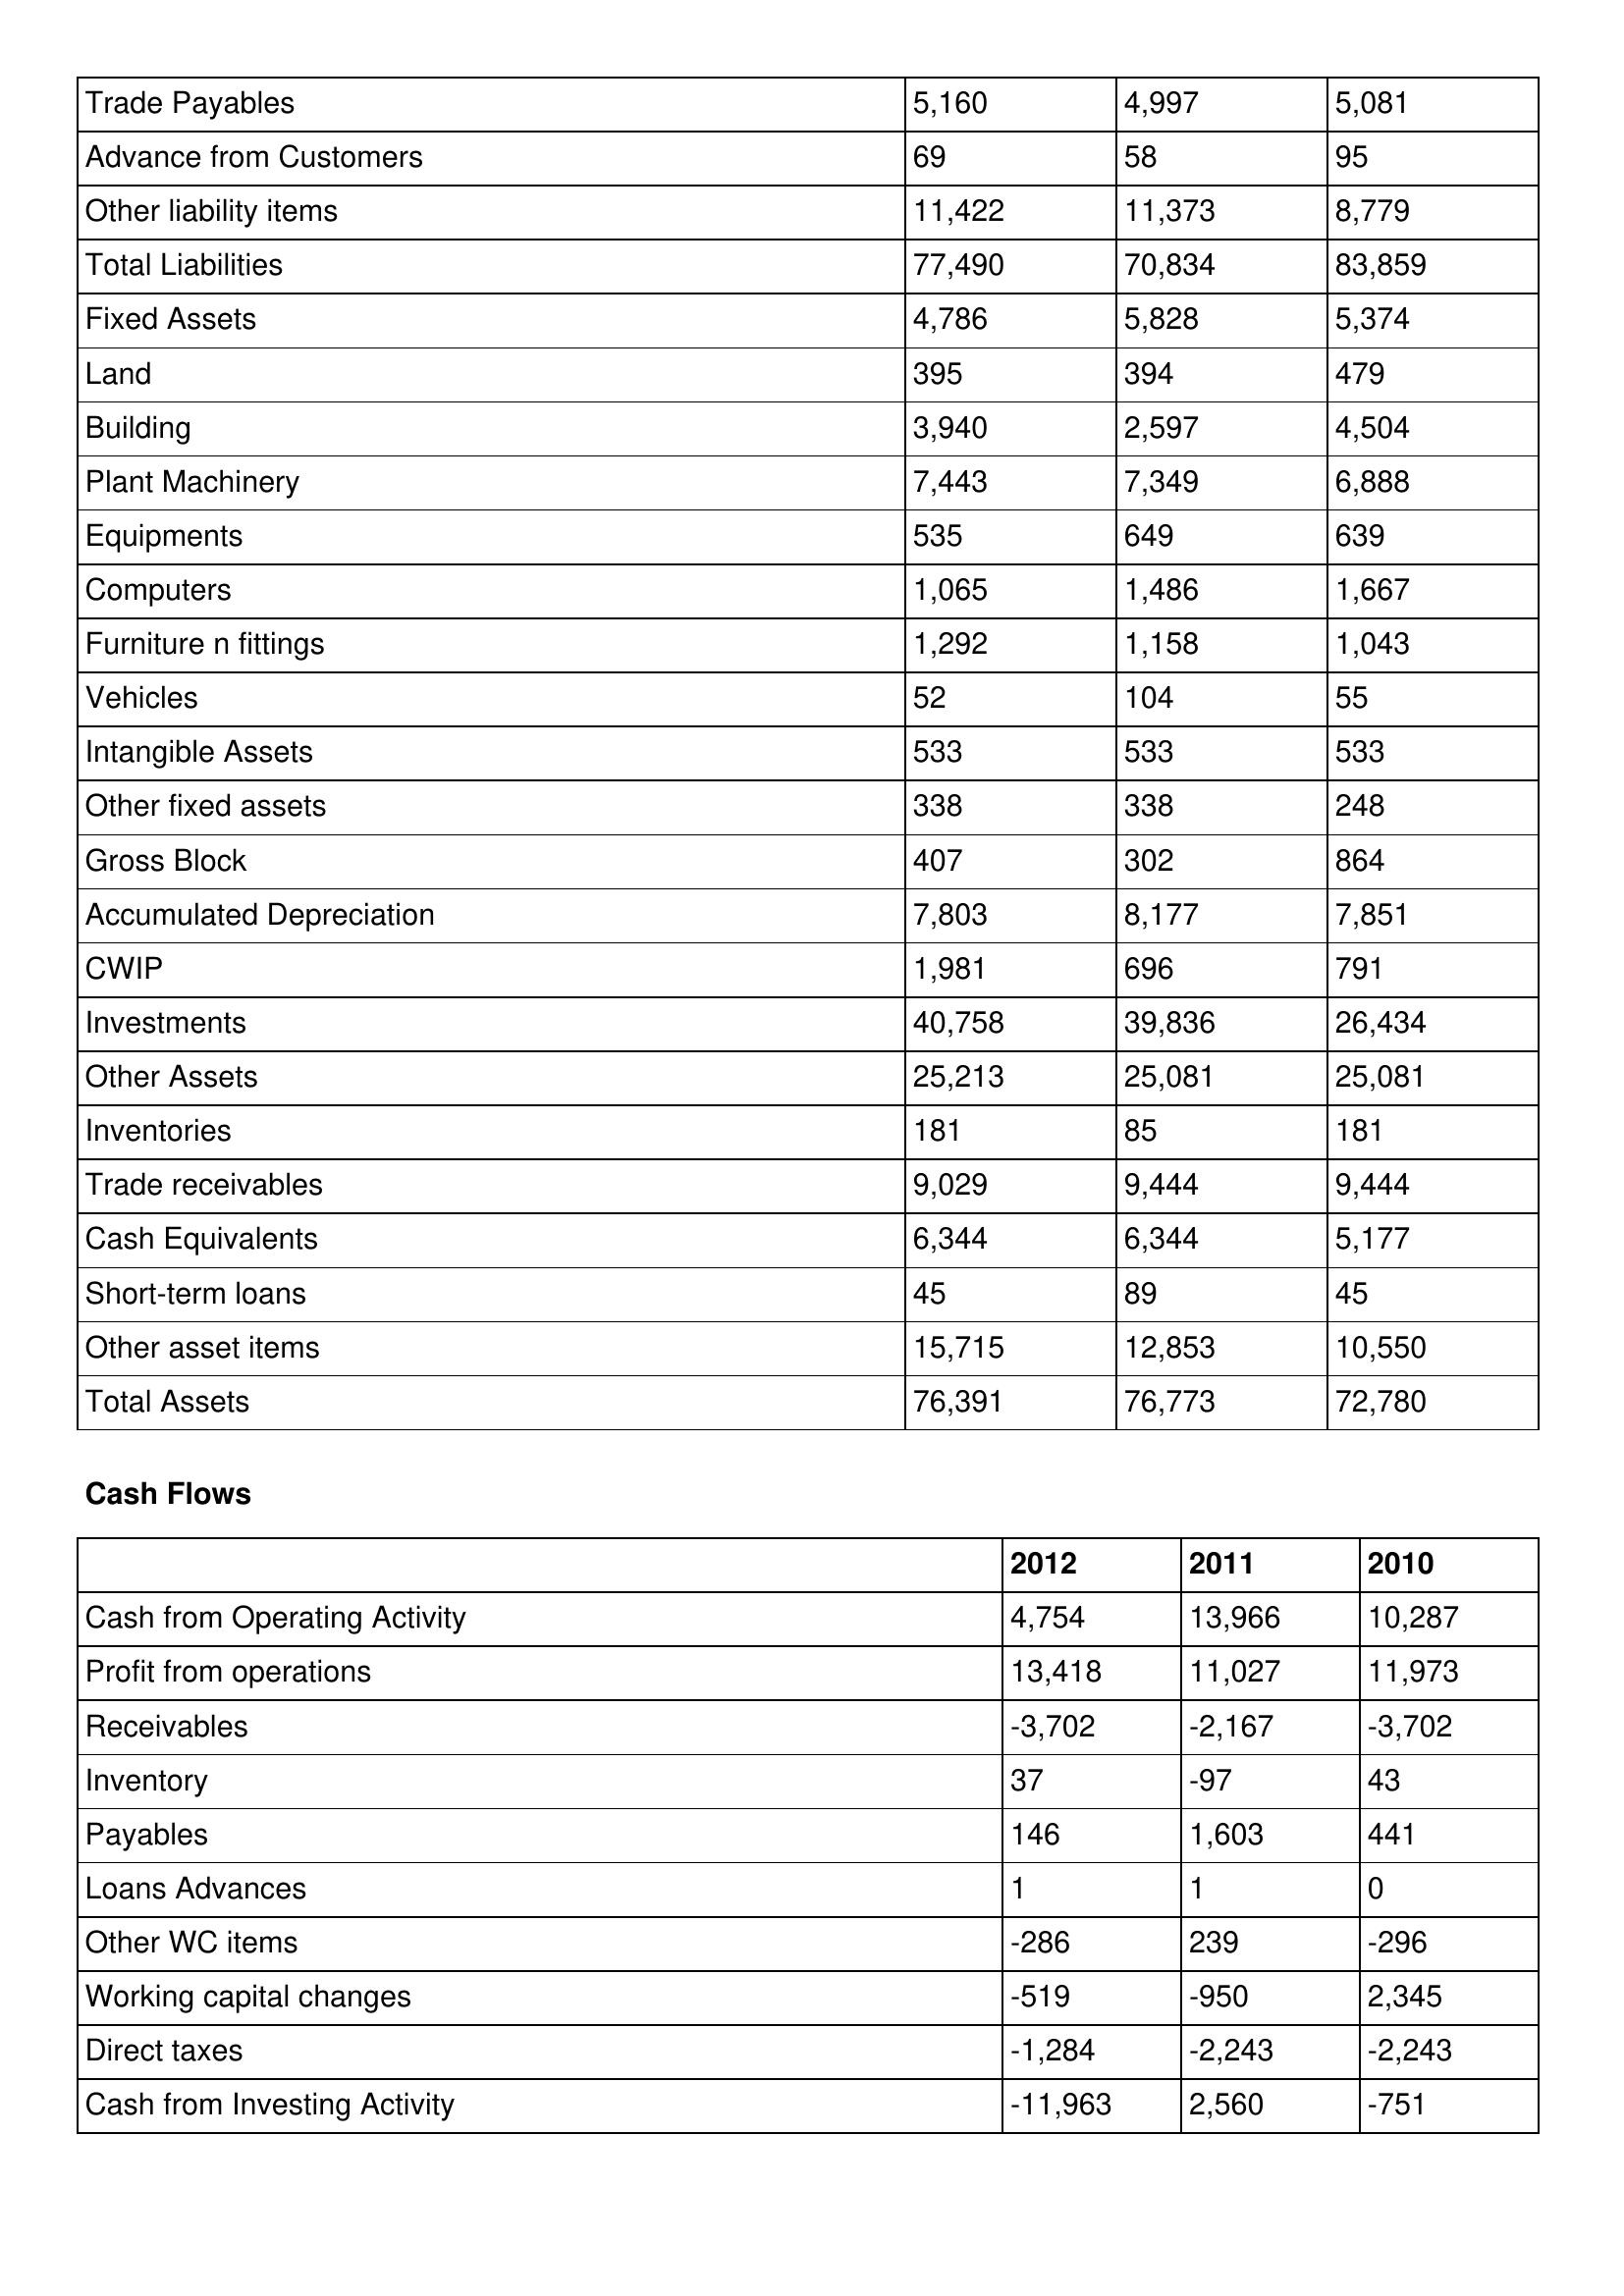
gt_parse: 2012: Balance Sheet: Trade Payables: 5,160
Advance from Customers: 69
Other liability items: 11,422
Total Liabilities: 77,490
Fixed Assets: 4,786
Land: 395
Building: 3,940
Plant Machinery: 7,443
Equipments: 535
Computers: 1,065
Furniture n fittings: 1,292
Vehicles: 52
Intangible Assets: 533
Other fixed assets: 338
Gross Block: 407
Accumulated Depreciation: 7,803
CWIP: 1,981
Investments: 40,758
Other Assets: 25,213
Inventories: 181
Trade receivables: 9,029
Cash Equivalents: 6,344
Short-term loans: 45
Other asset items: 15,715
Total Assets: 76,391
Cash Flows: Cash from Operating Activity: 4,754
Profit from operations: 13,418
Receivables: -3,702
Inventory: 37
Payables: 146
Loans Advances: 1
Other WC items: -286
Working capital changes: -519
Direct taxes: -1,284
Cash from Investing Activity: -11,963
2011: Balance Sheet: Trade Payables: 4,997
Advance from Customers: 58
Other liability items: 11,373
Total Liabilities: 70,834
Fixed Assets: 5,828
Land: 394
Building: 2,597
Plant Machinery: 7,349
Equipments: 649
Computers: 1,486
Furniture n fittings: 1,158
Vehicles: 104
Intangible Assets: 533
Other fixed assets: 338
Gross Block: 302
Accumulated Depreciation: 8,177
CWIP: 696
Investments: 39,836
Other Assets: 25,081
Inventories: 85
Trade receivables: 9,444
Cash Equivalents: 6,344
Short-term loans: 89
Other asset items: 12,853
Total Assets: 76,773
Cash Flows: Cash from Operating Activity: 13,966
Profit from operations: 11,027
Receivables: -2,167
Inventory: -97
Payables: 1,603
Loans Advances: 1
Other WC items: 239
Working capital changes: -950
Direct taxes: -2,243
Cash from Investing Activity: 2,560
2010: Balance Sheet: Trade Payables: 5,081
Advance from Customers: 95
Other liability items: 8,779
Total Liabilities: 83,859
Fixed Assets: 5,374
Land: 479
Building: 4,504
Plant Machinery: 6,888
Equipments: 639
Computers: 1,667
Furniture n fittings: 1,043
Vehicles: 55
Intangible Assets: 533
Other fixed assets: 248
Gross Block: 864
Accumulated Depreciation: 7,851
CWIP: 791
Investments: 26,434
Other Assets: 25,081
Inventories: 181
Trade receivables: 9,444
Cash Equivalents: 5,177
Short-term loans: 45
Other asset items: 10,550
Total Assets: 72,780
Cash Flows: Cash from Operating Activity: 10,287
Profit from operations: 11,973
Receivables: -3,702
Inventory: 43
Payables: 441
Loans Advances: 0
Other WC items: -296
Working capital changes: 2,345
Direct taxes: -2,243
Cash from Investing Activity: -751